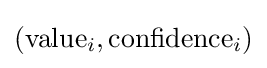
(\mathrm {value} _{i},\mathrm {confidence} _{i})